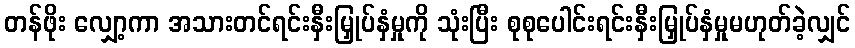
တန်ဖိုး လျှော့ကာ အသားတင်ရင်းနှီးမြှုပ်နှံမှုကို သုံးပြီး စုစုပေါင်းရင်းနှီးမြှုပ်နှံမှုမဟုတ်ခဲ့လျှင်